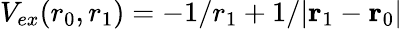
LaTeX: V_{ex}(r_{0},r_{1})=-1/r_{1}+1/{|\mathbf{r}_{1}-\mathbf{r}_{0}|}